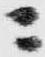
ニ